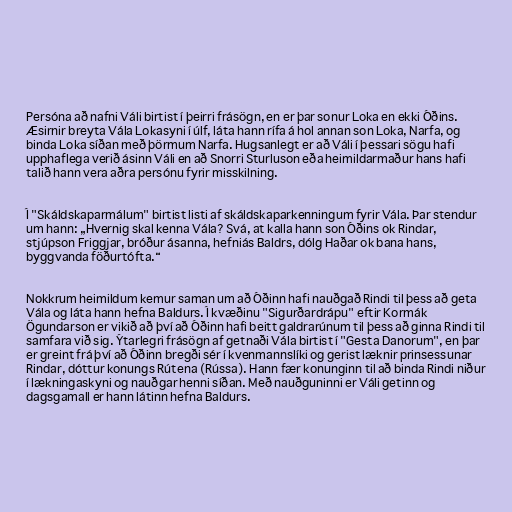
Persóna að nafni Váli birtist í þeirri frásögn, en er þar sonur Loka en ekki Óðins.
Æsirnir breyta Vála Lokasyni í úlf, láta hann rífa á hol annan son Loka, Narfa, og
binda Loka síðan með þörmum Narfa. Hugsanlegt er að Váli í þessari sögu hafi
upphaflega verið ásinn Váli en að Snorri Sturluson eða heimildarmaður hans hafi
talið hann vera aðra persónu fyrir misskilning.

Í "Skáldskaparmálum" birtist listi af skáldskaparkenningum fyrir Vála. Þar stendur
um hann: „Hvernig skal kenna Vála? Svá, at kalla hann son Óðins ok Rindar,
stjúpson Friggjar, bróður ásanna, hefniás Baldrs, dólg Haðar ok bana hans,
byggvanda föðurtófta.“

Nokkrum heimildum kemur saman um að Óðinn hafi nauðgað Rindi til þess að geta
Vála og láta hann hefna Baldurs. Í kvæðinu "Sigurðardrápu" eftir Kormák
Ögundarson er vikið að því að Óðinn hafi beitt galdrarúnum til þess að ginna Rindi til
samfara við sig. Ýtarlegri frásögn af getnaði Vála birtist í "Gesta Danorum", en þar
er greint frá því að Óðinn bregði sér í kvenmannslíki og gerist læknir prinsessunar
Rindar, dóttur konungs Rútena (Rússa). Hann fær konunginn til að binda Rindi niður
í lækningaskyni og nauðgar henni síðan. Með nauðguninni er Váli getinn og
dagsgamall er hann látinn hefna Baldurs.